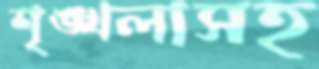
শৃঙ্খলাসহ